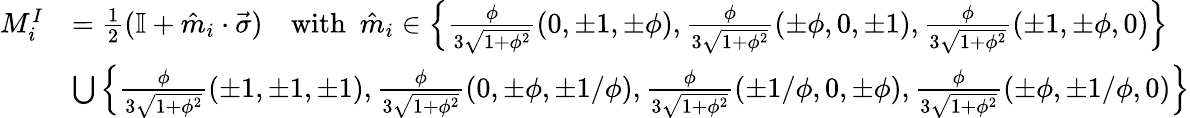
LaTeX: \begin{array}{rl}{{M}_{i}^{I}}&{=\frac{1}{2}(\mathbb{I}+\hat{m}_{i}\cdot\vec{\sigma})~~~~\mathrm{with}~~\hat{m}_{i}\in\left\{ {\frac{\phi}{3\sqrt{1+\phi^{2}}}}(0,\pm 1,\pm\phi),{\frac{\phi}{3\sqrt{1+\phi^{2}}}}(\pm\phi,0,\pm 1),{\frac{\phi}{3\sqrt{1+\phi^{2}}}}(\pm 1,\pm\phi,0)\right\} }\\ &{\bigcup\left\{ \frac{\phi}{3\sqrt{1+\phi^{2}}}(\pm 1,\pm 1,\pm 1),\frac{\phi}{3\sqrt{1+\phi^{2}}}(0,\pm\phi,\pm 1/\phi),\frac{\phi}{3\sqrt{1+\phi^{2}}}(\pm 1/\phi,0,\pm\phi),\frac{\phi}{3\sqrt{1+\phi^{2}}}(\pm\phi,\pm 1/\phi,0)\right\} }\end{array}